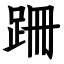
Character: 跚